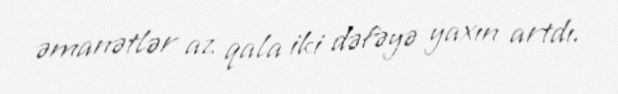
əmanətlər az qala iki dəfəyə yaxın artdı.